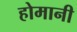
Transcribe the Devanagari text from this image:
होमानी